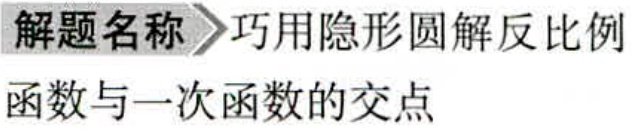
解题名称 \(\gg\) 巧用隐形圆解反比例函数与一次函数的交点